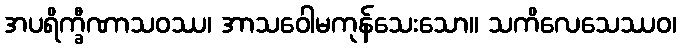
အပရိက္ခီဏာသဝဿ၊ အာသဝေါမကုန်သေးသော။ သကိလေသေဿဝ၊